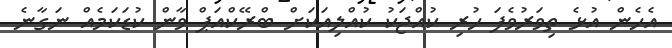
އެހެން އުޅެ ތިވަރުވެފަ ހުރި ކުއްޖަކު ކުއްލިއަކަށް ބްރޭކްއަޕް ވާން ކުޑަކަމެއް ނަގާނެ